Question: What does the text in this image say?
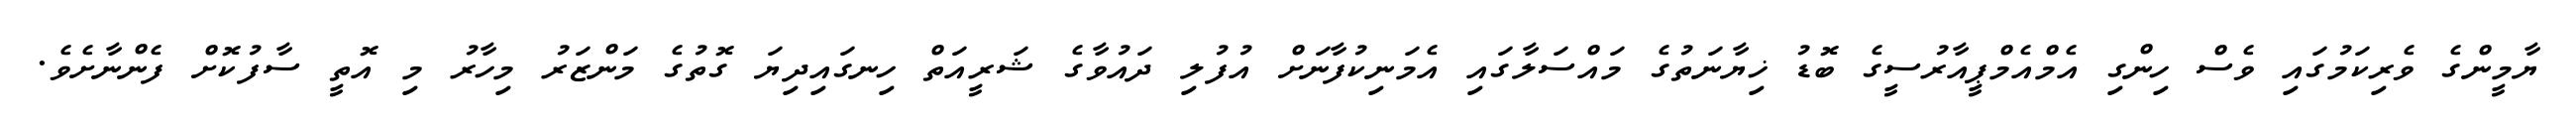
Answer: ޔާމީންގެ ވެރިކަމުގައި ވެސް ހިންގި އެމްއެމްޕީއާރުސީގެ ބޮޑު ޚިޔާނަތުގެ މައްސަލާގައި އެމަނިކުފާނަށް އުފުލި ދައުވާގެ ޝަރީއަތް ހިނގައިދިޔަ ގޮތުގެ މަންޒަރު މިހާރު މި އޮތީ ސާފުކޮށް ފެންނާށެވެ.